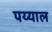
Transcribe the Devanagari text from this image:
पय्याल